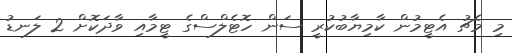
މި މެޗު އެޓީމުން ކާމިޔާބުކުރީ ސަން ހޮޓެލްސްގެ ޓީމާއި ވާދަކޮށް 2 ލަނޑު